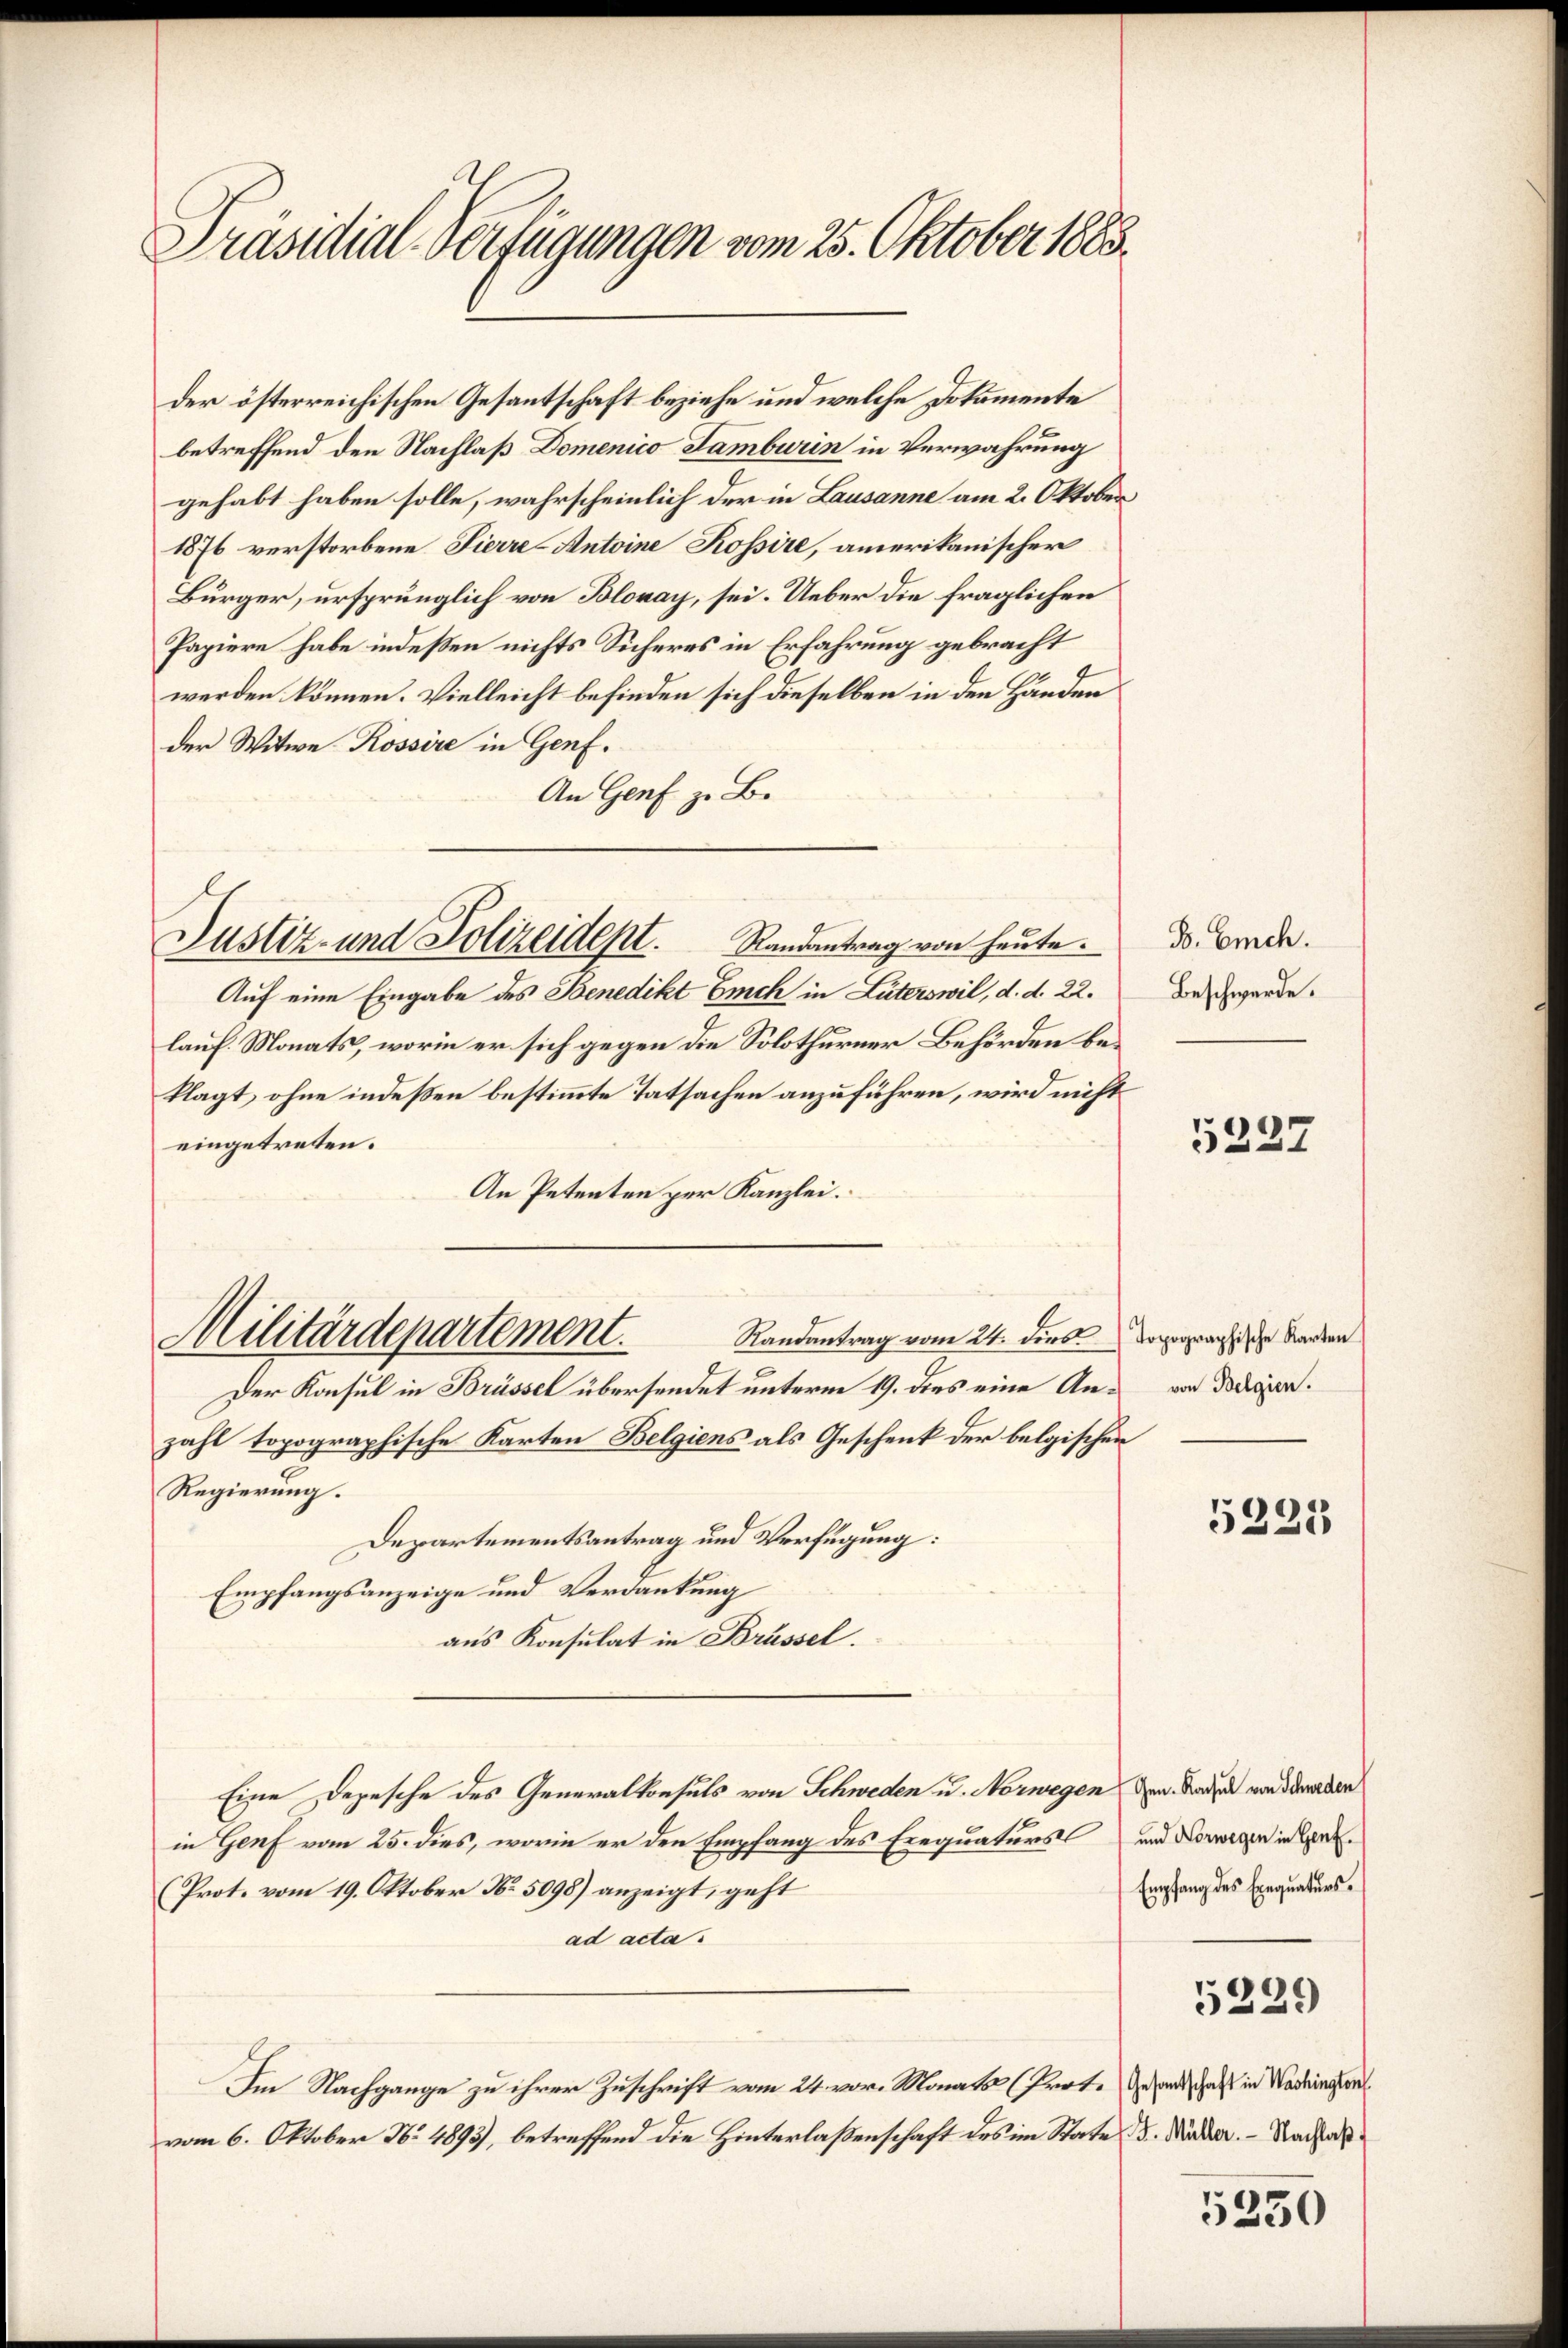
Präsidial-Verfügungen vom 25. Oktober 1883.

der österreichischen Gesantschaft beziehe und welche Dokumente
betreffend den Nachlaß Domenico Samburin in Verwahrung
gehabt haben solle, wahrscheinlich der in Lausanne am 2. Oktober
1876 verstorbene Pierre-Antoine Kossire, amerikanischer
Bürger, ursprünglich von Blonay, sei. Ueber die fraglichen
Papiere habe indeßen nichts Sicheres in Erfahrung gebracht
werden können. Vielleicht befinden sich dieselben in den Händen
der Witwe Rossire in Genf.
An Genf z. B.
Auf eine Eingabe des Benedikt Euch in Lüterswil, d. d. 22.
lauf. Monats, worin er sich gegen die Solothurner Behörden beklagt, ohne indeßen bestimmte Tatsachen anzuführen, wird nicht
eingetreten.
An Petenten per Kanzlei.
Randantrag vom 24. dies dopographische Karten
Militärdepartement.
Der Konsul in Brüssel übersendet unterm 19. dies eine Anzahl topographische Karten Belgiens als Geschenk der belgischen
Regierung.
Departementsantrag und Verfügung:
Empfangsanzeige und Verdankung
aus Konsulat in Brüssel.
Eine Depesche des Generalkonsuls von Schweden u. Norwegen den Faden von derarben
in Genf vom 25. dies, worin er den Empfang des Erequaturs und Vorwegen in er
(Prot. vom 19. Oktober No. 5098) anzeigt, geht
ad acta.
Im Nachgange zu ihrer Zuschrift vom 24. vor. Monats (Grete Gesandtschaft in Washingen
vom 6. Oktober No. 1893), betreffend die Hinterlaßenschaft des im State d. Mäder. - Nachal¬

Justiz- und Polizeidept. Randantrag von heute.

B. Emch.
Beschwerde.

5227

von Belgien.

5225

Empfang des Exequaturs¬
5229

5230